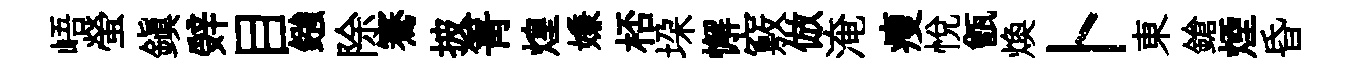
峿螢鎮辤目鏹除騫披箐煌嫌桮垜懈竅倣淹瘦悦甑焕卜東鎗煙昏